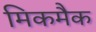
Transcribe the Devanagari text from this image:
मिकमैक